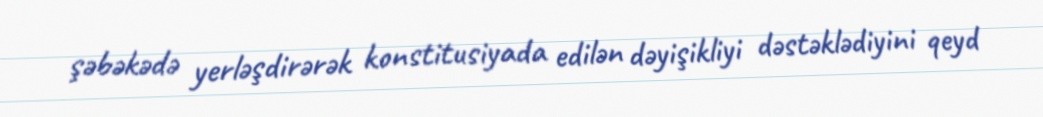
şəbəkədə yerləşdirərək konstitusiyada edilən dəyişikliyi dəstəklədiyini qeyd